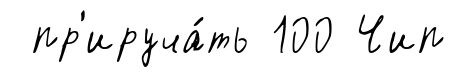
пр'ируча́ть 100 Чип